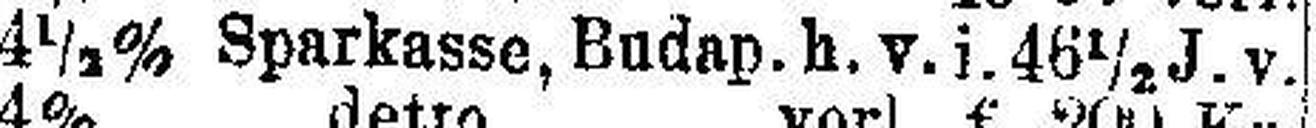
4½% Sparkasse, Budap. h.v.i.46½ J.v.